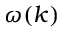
\omega ( k )